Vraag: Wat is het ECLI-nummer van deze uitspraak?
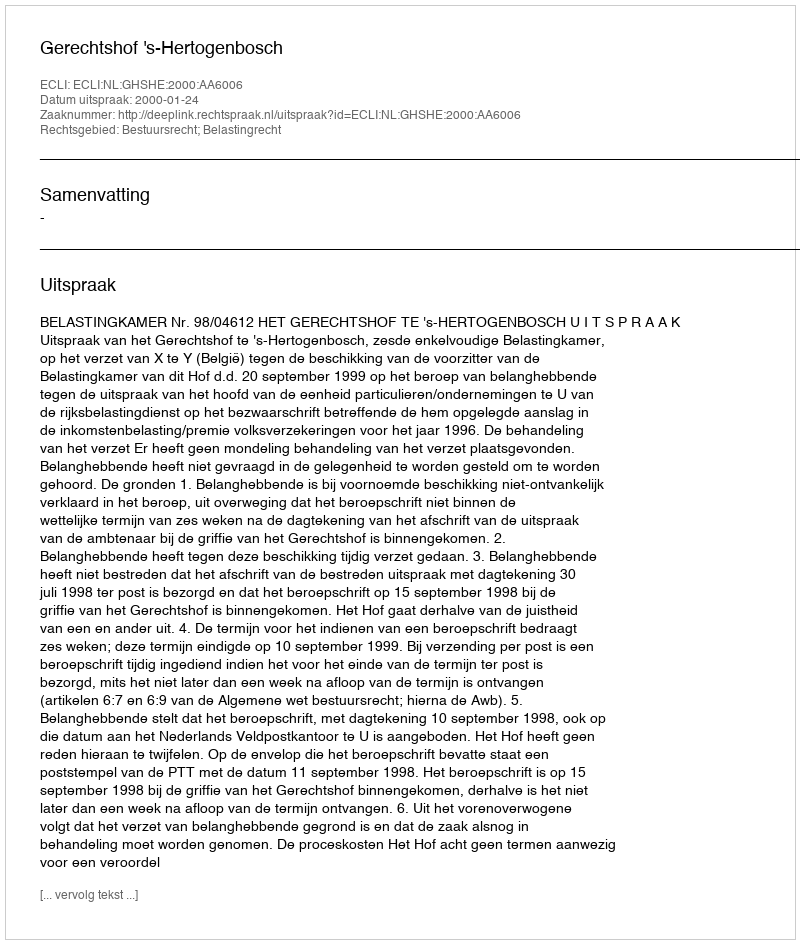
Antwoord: ECLI:NL:GHSHE:2000:AA6006